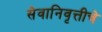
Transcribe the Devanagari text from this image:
सेवानिवृत्तीचे